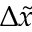
\Delta \tilde { x }